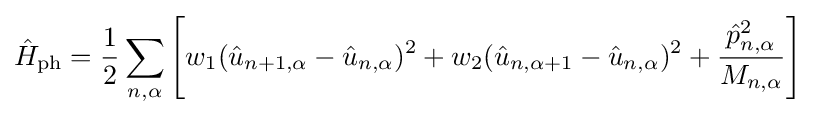
{\hat {H}}_{\text{ph}}={\frac {1}{2}}\sum _{n,\alpha }\left[w_{1}({\hat {u}}_{n+1,\alpha }-{\hat {u}}_{n,\alpha })^{2}+w_{2}({\hat {u}}_{n,\alpha +1}-{\hat {u}}_{n,\alpha })^{2}+{\frac {{\hat {p}}_{n,\alpha }^{2}}{M_{n,\alpha }}}\right]